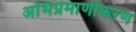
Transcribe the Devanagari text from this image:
अभिप्रमाणीकरण